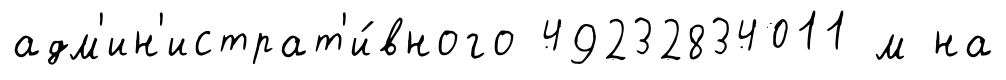
адм'ин'истрат'и́вного 49232834011 м на